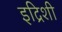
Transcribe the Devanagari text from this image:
इद्रिशी